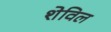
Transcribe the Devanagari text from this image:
शेविल